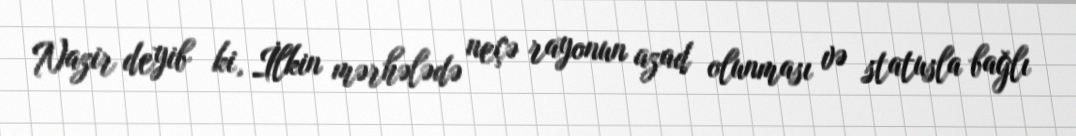
Nazir deyib ki, İlkin mərhələdə neçə rayonun azad olunması və statusla bağlı